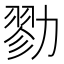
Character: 勠